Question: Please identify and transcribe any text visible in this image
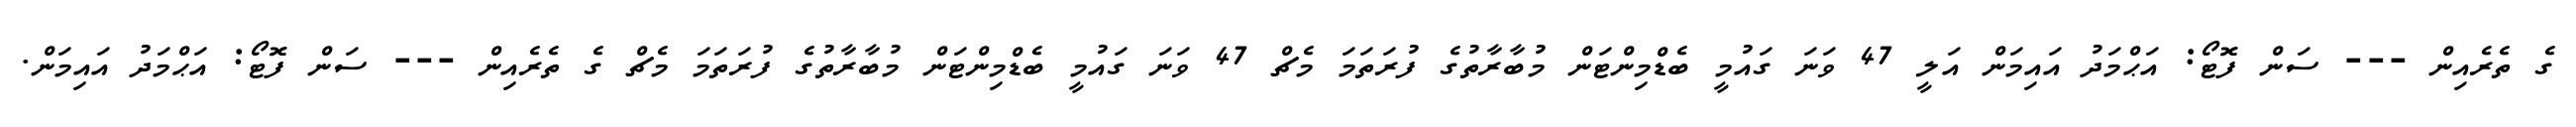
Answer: ގެ ތެރެއިން --- ސަން ފޮޓޯ: އަޙްމަދު އައިމަން އަލީ 47 ވަނަ ގައުމީ ބެޑްމިންޓަން މުބާރާތުގެ ފުރަތަމަ މެޗް 47 ވަނަ ގައުމީ ބެޑްމިންޓަން މުބާރާތުގެ ފުރަތަމަ މެޗް ގެ ތެރެއިން --- ސަން ފޮޓޯ: އަޙްމަދު އައިމަން.